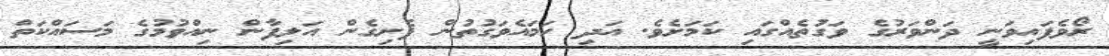
ރޯވެފައިވަނީ ދަންވަރުގެ ވަގުތެއްގައި ކަމަށެވެ. އަދި ހަމައެވަގުތުން ފެށިގެން އަލިފާން ނިއްވުމުގެ މަސައްކަތް